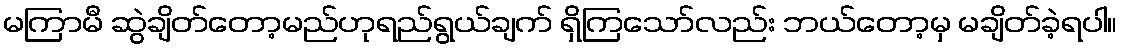
မကြာမီ ဆွဲချိတ်တော့မည်ဟုရည်ရွယ်ချက် ရှိကြသော်လည်း ဘယ်တော့မှ မချိတ်ခဲ့ရပါ။